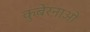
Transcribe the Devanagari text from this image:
कुबेरनाओ